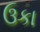
ઉકા